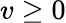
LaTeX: v\geq 0